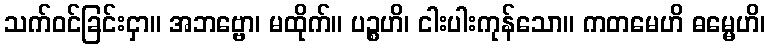
သက်ဝင်ခြင်းငှာ။ အဘဗ္ဗော၊ မထိုက်။ ပဉ္စဟိ၊ ငါးပါးကုန်သော။ ကတမေဟိ ဓမ္မေဟိ၊